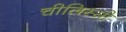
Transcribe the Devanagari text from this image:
चीलिस्सी